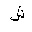
Letter: _shin